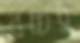
বচ্চর